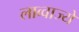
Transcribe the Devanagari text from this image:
लाव्वाज्ये